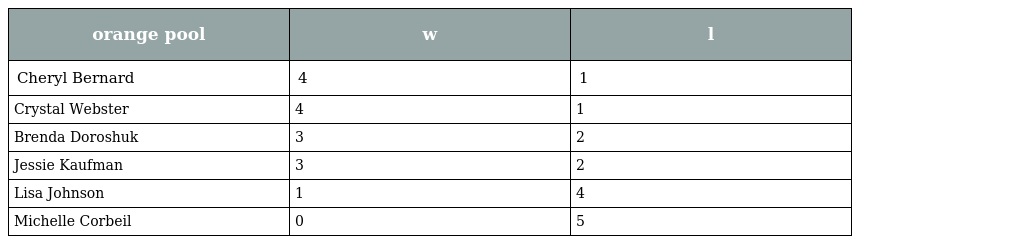
| orange pool | w | l |
 | --- | --- | --- |
 | Cheryl Bernard | 4 | 1 |
 | Crystal Webster | 4 | 1 |
 | Brenda Doroshuk | 3 | 2 |
 | Jessie Kaufman | 3 | 2 |
 | Lisa Johnson | 1 | 4 |
 | Michelle Corbeil | 0 | 5 |